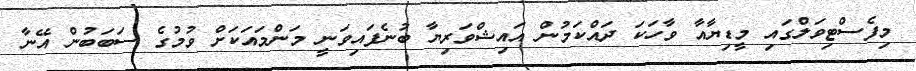
މިފެސްޓިވަލްގައި މީޑިޔާއާ ވާހަކަ ދައްކަމުން އައިޝްވަރިޔާ ބުނެފައިވަނީ މަންމައަކަށް ވުމުގެ ސަބަބުން އޭނާ